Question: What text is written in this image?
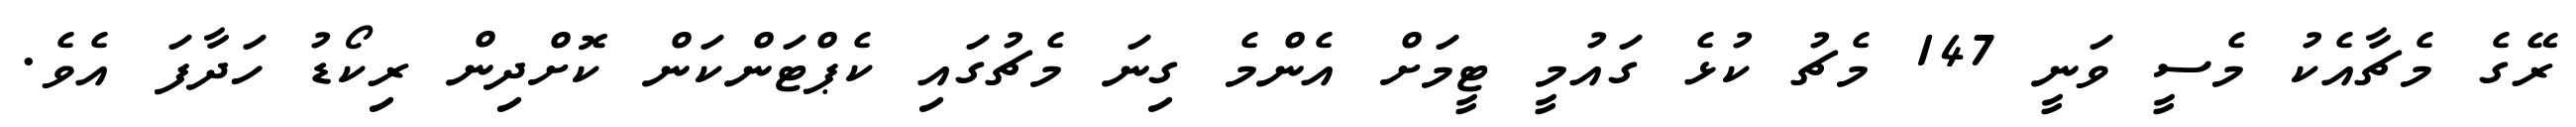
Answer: ރޭގެ މެޗާއެކު މެސީ ވަނީ 147 މެޗު ކުޅެ ގައުމީ ޓީމަށް އެންމެ ގިނަ މެޗުގައި ކެޕްޓަންކަން ކޮށްދިން ރިކޯޑު ހަދާފަ އެވެ.